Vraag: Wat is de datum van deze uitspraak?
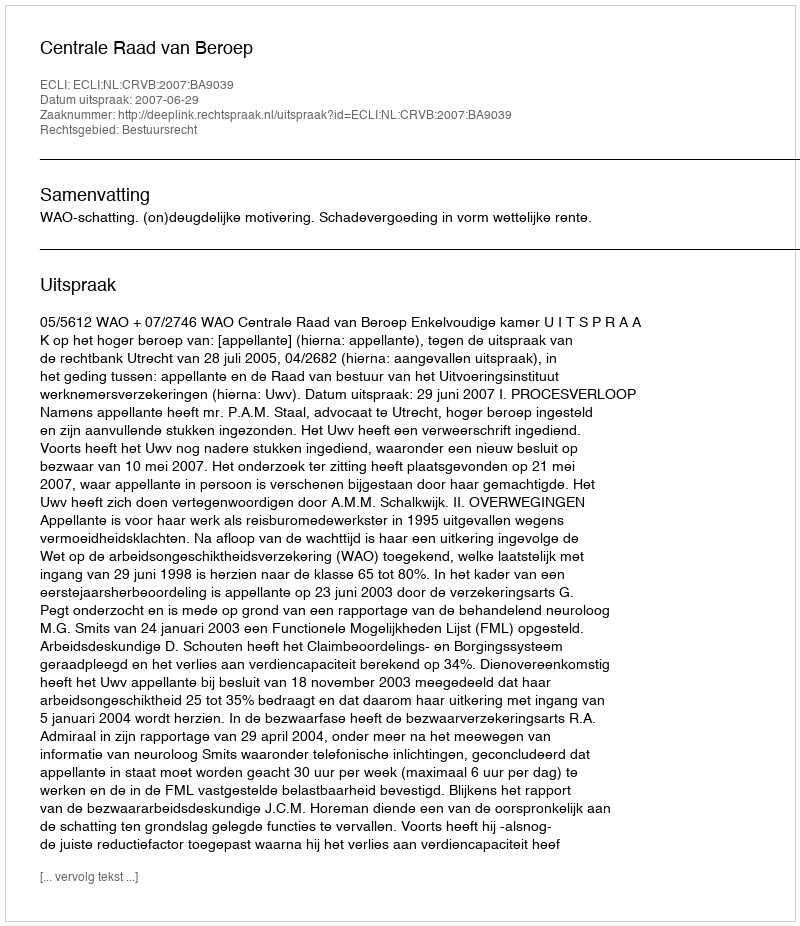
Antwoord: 2007-06-29